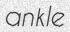
ankle